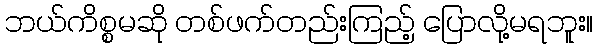
ဘယ်ကိစ္စမဆို တစ်ဖက်တည်းကြည့် ပြောလို့မရဘူး။